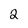
Character: 2